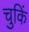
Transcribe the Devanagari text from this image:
चुकिं